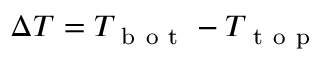
\Delta T = T _ { \mathrm { ~ b ~ o ~ t ~ } } - T _ { \mathrm { ~ t ~ o ~ p ~ } }